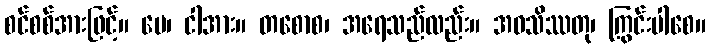
စင်စစ်အားဖြင့်။ မေ၊ ငါအား။ တစောစ၊ အရေသည်လည်း။ အဝသိဿတု၊ ကြွင်းပါစေ။